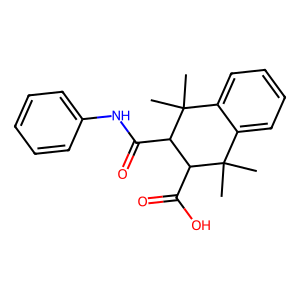
SMILES: CC1(C)c2ccccc2C(C)(C)C(C(=O)Nc2ccccc2)C1C(=O)O
Inhibits HIV replication: No